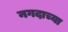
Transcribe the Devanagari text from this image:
नगदाच्या